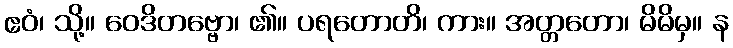
ဧဝံ၊ သို့။ ဝေဒိတဗ္ဗော၊ ၏။ ပရတောတိ၊ ကား။ အတ္တတော၊ မိမိမှ။ န